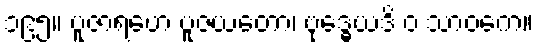
၁၉၅။ ပူဇာရဟေ ပူဇယတော၊ ဗုဒ္ဓေယဒိ ဝ သာဝကေ။